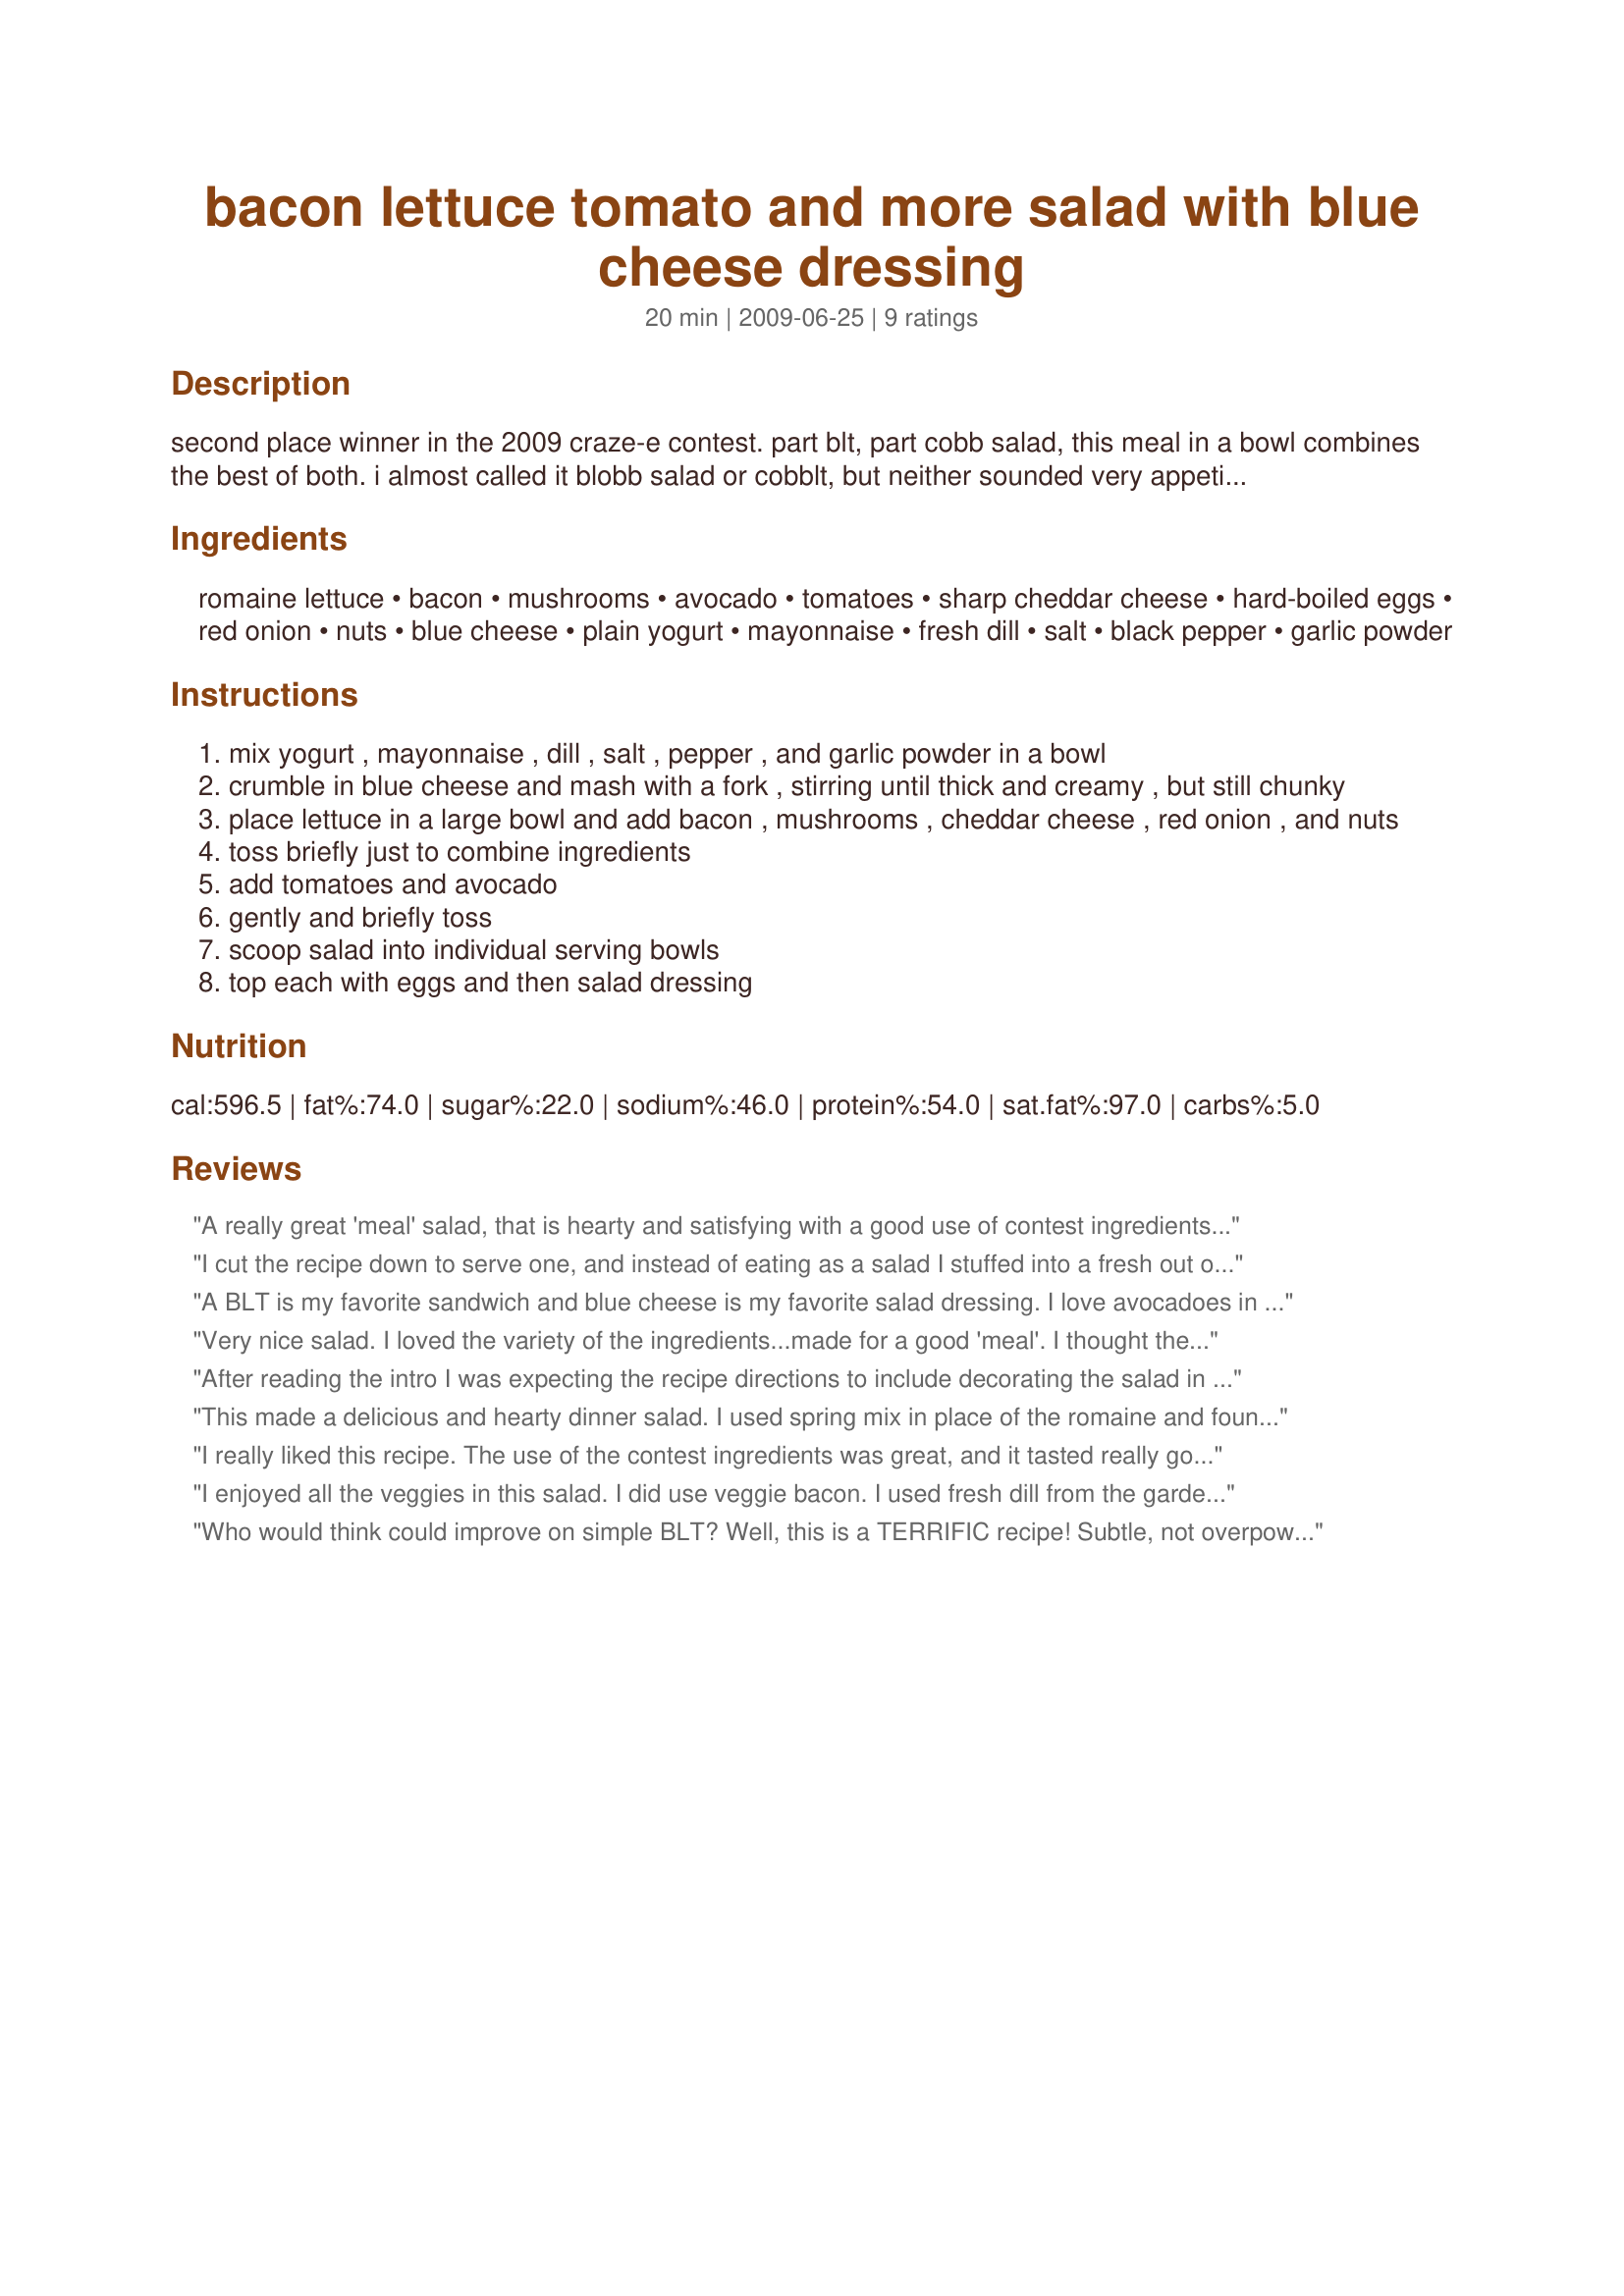
bacon lettuce tomato and more salad with blue cheese dressing
Preparation time: 20 minutes

second place winner in the 2009 craze-e contest. part blt, part cobb salad, this meal in a bowl combines the best of both. i almost called it blobb salad or cobblt, but neither sounded very appetizing--lol!

Ingredients:
romaine lettuce, bacon, mushrooms, avocado, tomatoes, sharp cheddar cheese, hard-boiled eggs, red onion, nuts, blue cheese, plain yogurt, mayonnaise, fresh dill, salt, black pepper, garlic powder

Steps:
mix yogurt , mayonnaise , dill , salt , pepper , and garlic powder in a bowl
crumble in blue cheese and mash with a fork , stirring until thick and creamy , but still chunky
place lettuce in a large bowl and add bacon , mushrooms , cheddar cheese , red onion , and nuts
toss briefly just to combine ingredients
add tomatoes and avocado
gently and briefly toss
scoop salad into individual serving bowls
top each with eggs and then salad dressing

Reviews:
A really great 'meal' salad, that is hearty and satisfying with a good use of contest ingredients. My only issue (and thus the loss of one star) is with the cheese...the cheddar cheese in the salad and the blue cheese in the dressing were really too much of a good thing, with the blue basically obliterating the taste of the cheddar (the contest ingredient). A tasty dressing could have been devised without the blue and the calorie count would have been significantly lower - 100 calories lower per serving! I would also have liked a bit more onion for this amount of salad. Very much enjoyed this for lunch today, and I know I'll be making it again! Good work, chef!
I cut the recipe down to serve one, and instead of eating as a salad I stuffed into a fresh out of the oven pita pocket. Did not include the optional nuts or mushrooms in the salad or the dill in the dressing. Found that the dressing was not creamy enough so added more mayo. Also was not thrilled with the cheddar and blue cheese together . . . they seemed to conflict with each other; next time I'll use a ranch dressing!
A BLT is my favorite sandwich and blue cheese is my favorite salad dressing. I love avocadoes in or on anything or by themselves. What more could I ask for? This salad was all that I expected (and more)! The dressing was awesome. The salad had all of my favorite salad ingredients. It looked fantastic and was easy to make. Thanks for sharing this great recipe.
Very nice salad. I loved the variety of the ingredients...made for a good 'meal'. I thought the blue cheese was a little strong, and overpowered the taste of the avocados. Other than that, it was wonderful, and will certainly be made again. I will however, tone down the blue cheese portion. Great contribution to the contest. Good luck to you.
After reading the intro I was expecting the recipe directions to include decorating the salad in the rows of a traditional cobb salad. I was surprised when it didn't, but did it anyway as that was part of the appeal of the recipe to me. I reduced the salad ingredients and made two main dish salads both cobb style instead of a large bowl of salad. The other thing that drew my attention was the blue cheese dressing. I was not disappointed there at all. It was very thick, creamy, tart, & chunky and went well with the salad ingredients. I did add more cracked black pepper, but only because I love the stuff.
This made a delicious and hearty dinner salad. I used spring mix in place of the romaine and found the dressing needed a little thinning. This may have been due to the thick Greek yogurt that was used to prepare the dressing. Instead of chopping the eggs and tomatoes, I quartered them and placed the around the edges of the salad. This will definitely be repeated in my house. Thanks and good luck in the contest.
I really liked this recipe. The use of the contest ingredients was great, and it tasted really good together. Bacon and tomato are a can't miss combination. My only complaint is that I don't think there's enough onion in it. I ended up adding about twice as much. But, I just really love onions.
I enjoyed all the veggies in this salad. I did use veggie bacon. I used fresh dill from the garden. Lots to like. Thanks and good luck.
Who would think could improve on simple BLT?
Well, this is a TERRIFIC recipe!
Subtle, not overpowering is Blue Cheese!
Would definately recommend for its simplicity and it did please!
THANKS!
